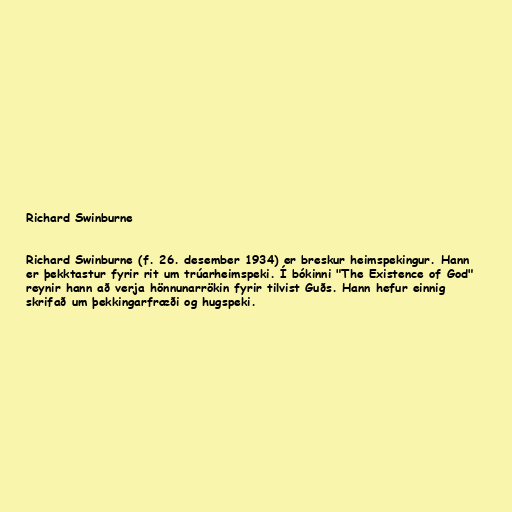
Richard Swinburne

Richard Swinburne (f. 26. desember 1934) er breskur heimspekingur. Hann
er þekktastur fyrir rit um trúarheimspeki. Í bókinni "The Existence of God"
reynir hann að verja hönnunarrökin fyrir tilvist Guðs. Hann hefur einnig
skrifað um þekkingarfræði og hugspeki.